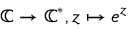
\mathbb { C } \to \mathbb { C } ^ { * } , z \mapsto e ^ { z }